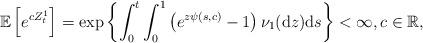
LaTeX: \begin{align*}\mathbb{E}\left[e^{cZ_{t}^{1}}\right]=\exp\left\lbrace \int_{0}^{t}\int_{0}^{1}\left(e^{z\psi(s,c)}-1\right)\nu_{1}(\mathrm{d}z)\mathrm{d}s\right\rbrace<\infty ,c\in\mathbb{R},\end{align*}